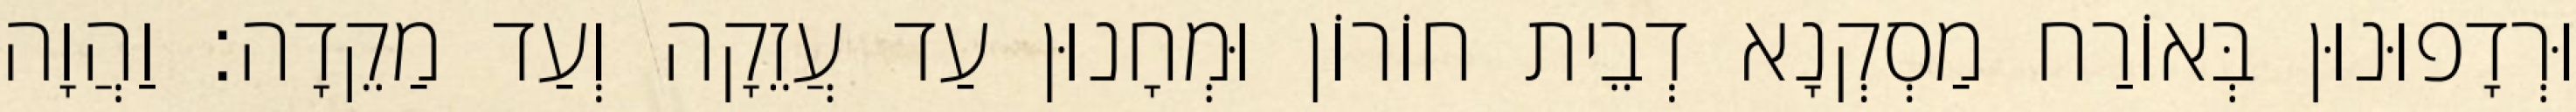
וּרְדָפוּנוּן בְּאוֹרַח מַסְקְנָא דְבֵית חוֹרוֹן וּמְחָנוּן עַד עֲזֵקָה וְעַד מַקֵדָה׃ וַהֲוָה